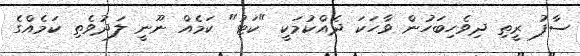
ސާފު ރީތި ދިވެހިބަހުން ވާހަކަ ދެއްކުމަކީ "ކަޓު" ކަމެއް ނޫނީ ލަދުވެތި ކަމެއްގެ